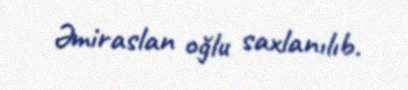
Əmiraslan oğlu saxlanılıb.